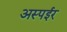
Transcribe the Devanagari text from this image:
अस्पईर